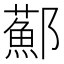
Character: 𨟂